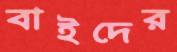
বাইদের